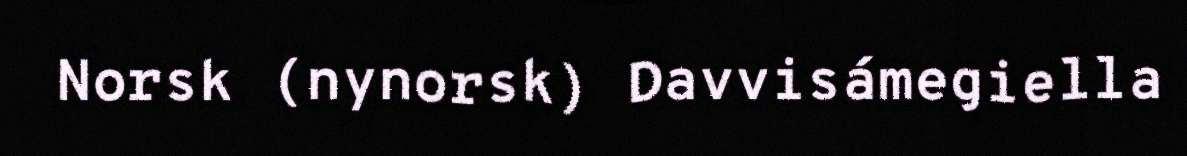
Norsk (nynorsk) Davvisámegiella